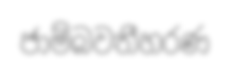
ජාම්බවතීහරණ